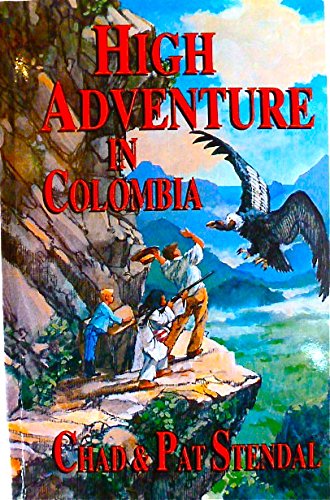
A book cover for High Adventure in Colombia; Chad Stendal; Travel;